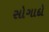
સોગાદો